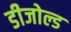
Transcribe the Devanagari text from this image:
डीजोल्ड